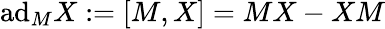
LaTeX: \mathrm{ad}_{M}X:=[M,X]=MX-XM